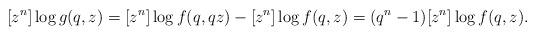
LaTeX: \begin{align*}[z^n]\log g(q,z)&=[z^n]\log f(q,qz)-[z^n]\log f(q,z)=(q^n-1)[z^n]\log f(q,z).\end{align*}